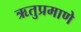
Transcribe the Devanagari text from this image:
ऋतुप्रमाणे